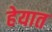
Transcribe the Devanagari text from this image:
हेयात